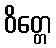
ဝိတ္တေ